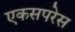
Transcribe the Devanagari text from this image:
एकसपरेस